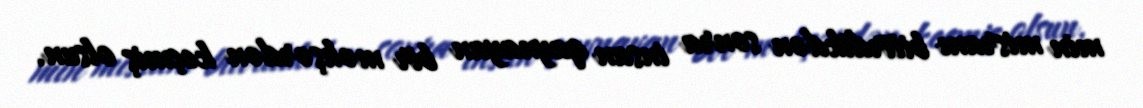
min misranı bitirdikdən sonra insan qaynayan bir məhşərdən keçmiş olsun.